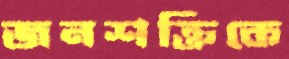
জনশক্তিকে